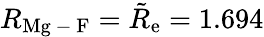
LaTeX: R_{\mathrm{Mg\mathrm{~-~}F}}=\tilde{R}_{\mathrm{e}}=1.694